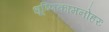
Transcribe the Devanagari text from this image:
धूष्णिकामनोहरः